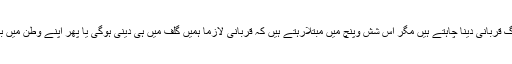
ان میں بہت سے لوگ قربانی دینا چاہتے ہیں مگر اس شش وپنچ میں مبتلارہتے ہیں کہ قربانی لازما ہمیں گلف میں ہی دینی ہوگی یا پھر اپنے وطن میں بھی دےسکتے ہیں ؟